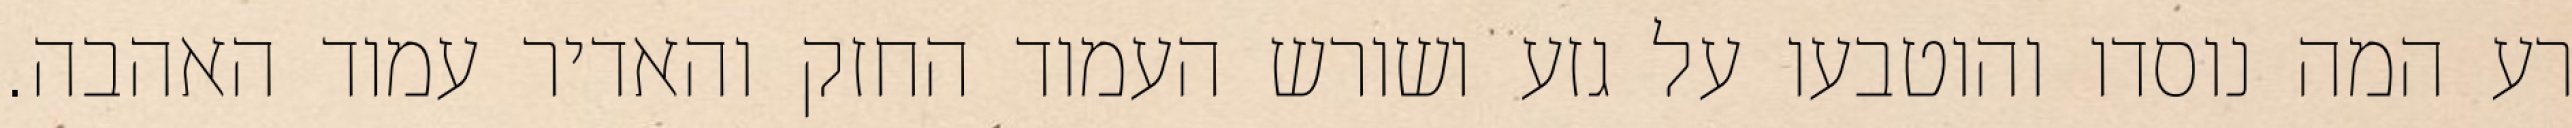
רע המה נוסדו והוטבעו על גזע ושורש העמוד החזק והאדיר עמוד האהבה.